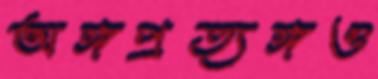
অঙ্গপ্রত্যঙ্গও